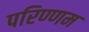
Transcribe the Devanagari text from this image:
परिण्णम